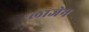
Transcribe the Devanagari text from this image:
लाजेन